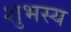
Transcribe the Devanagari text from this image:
शुभस्य